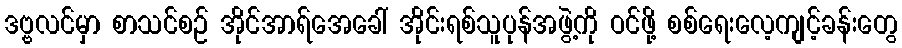
ဒဗ္ဗလင်မှာ စာသင်စဉ် အိုင်အာရ်အေခေါ် အိုင်းရစ်သူပုန်အဖွဲ့ကို ဝင်ဖို့ စစ်ရေးလေ့ကျင့်ခန်းတွေ